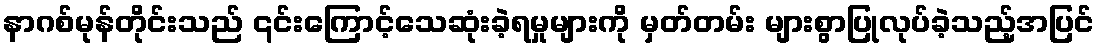
နာဂစ်မုန်တိုင်းသည် ၎င်းကြောင့်သေဆုံးခဲ့ရမှုများကို မှတ်တမ်း များစွာပြုလုပ်ခဲ့သည့်အပြင်